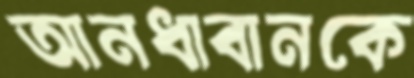
আনধাবানকে